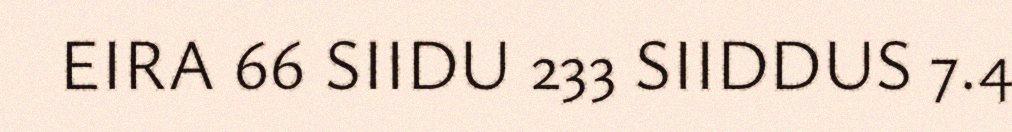
EIRA 66 SIIDU 233 SIIDDUS 7.4